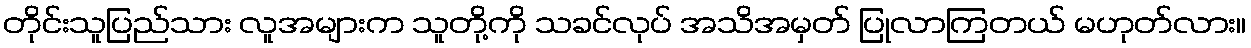
တိုင်းသူပြည်သား လူအများက သူတို့ကို သခင်လုပ် အသိအမှတ် ပြုလာကြတယ် မဟုတ်လား။